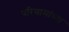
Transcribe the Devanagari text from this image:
परिणामांच्या